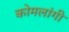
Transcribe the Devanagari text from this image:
कोमलांगी